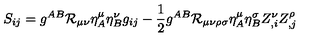
S _ { i j } = g ^ { A B } { \cal R } _ { \mu \nu } \eta _ { A } ^ { \mu } \eta _ { B } ^ { \nu } g _ { i j } - \frac { 1 } { 2 } g ^ { A B } { \cal R } _ { \mu \nu \rho \sigma } \eta _ { A } ^ { \mu } \eta _ { B } ^ { \sigma } Z _ { , i } ^ { \nu } Z _ { , j } ^ { \rho }